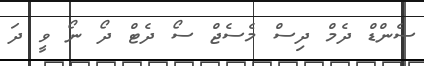
ސެންޑް ދެމް ދިސް މެސެޖް ސޯ ދެޓް ދޯ ނޯ ވީ ދަ